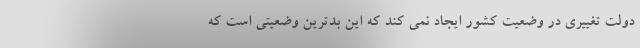
دولت تغییری در وضعیت کشور ایجاد نمی کند که این بدترین وضعیتی است که